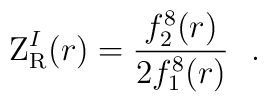
{\rm Z}_{{\rm R}}^{I}(r) ={f_2^{8}(r) \over 2 f_1^{8}(r)}~~.